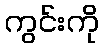
ကွင်းကို